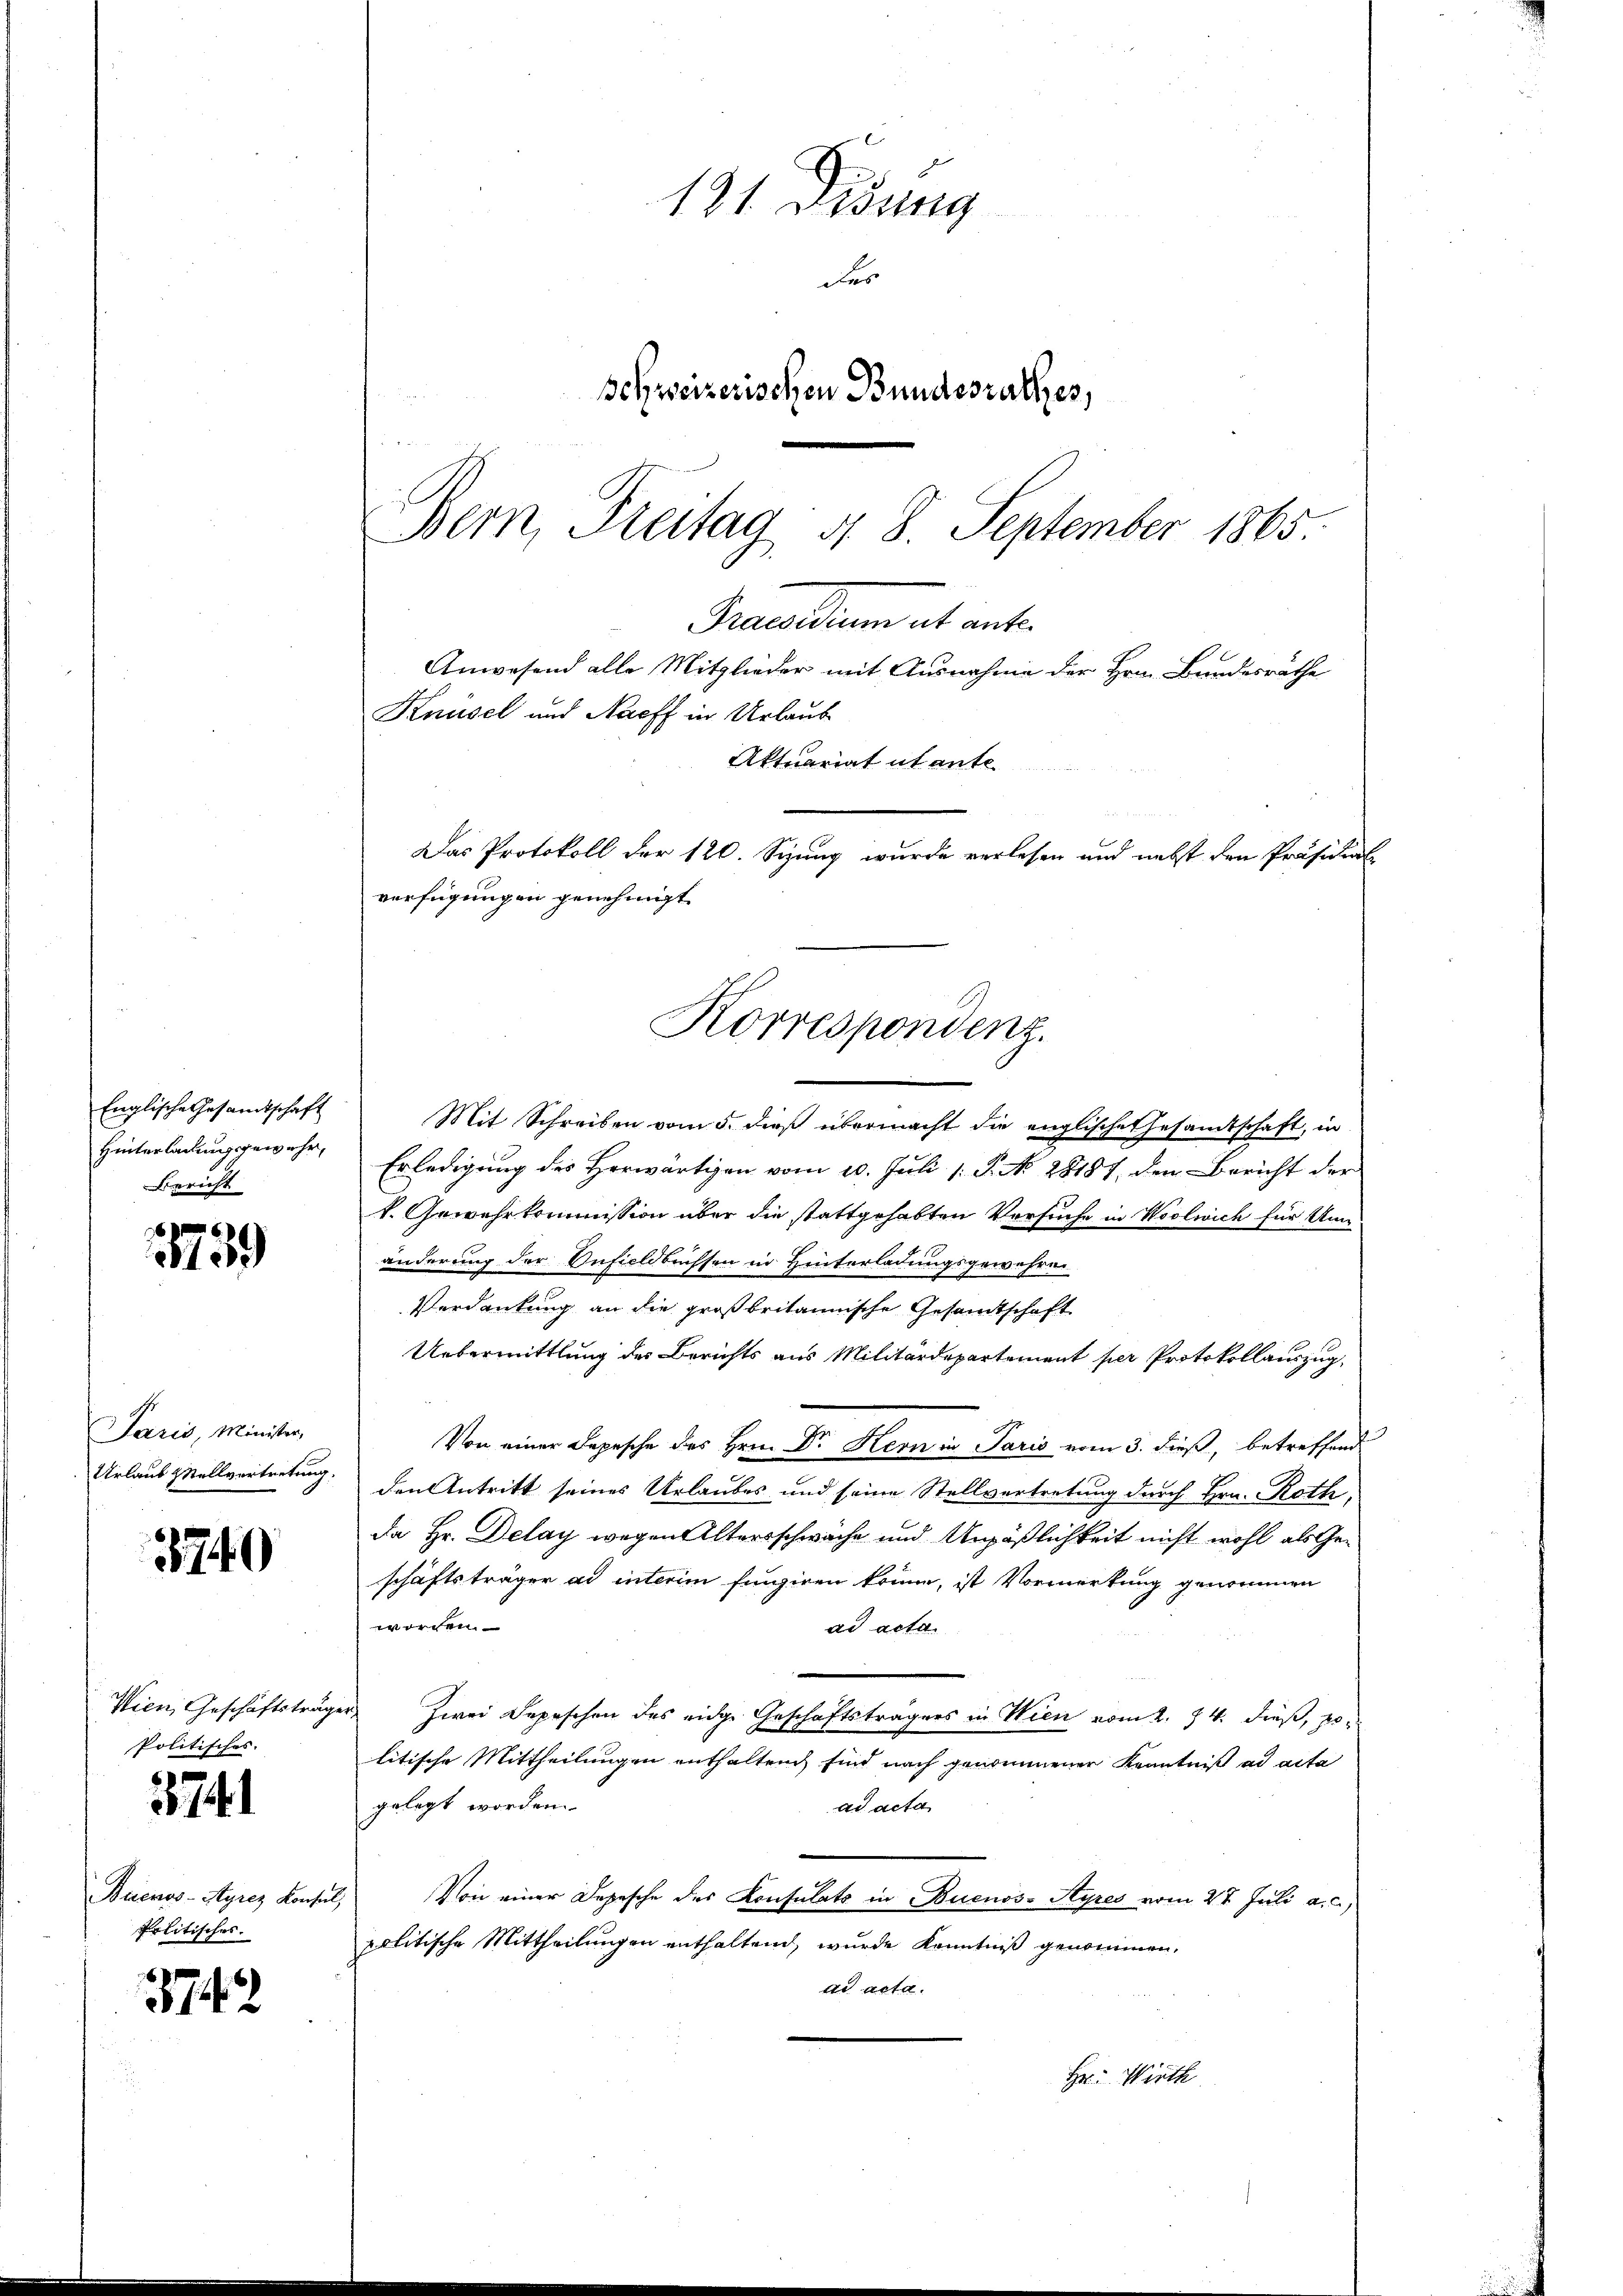
Englische Gesandtschaft
Hinterladung gewehr,
Bericht

6
139

Paris, Minister,
Urlaub stellvertretung.

3749)

Politisches.

374

Buenos-Ayres Konsin
Politisches.

1874

131 Didung
des
Behweizerischen Bundesrathes,
Bern, Freitag d. 8. September 1865.

Precarium et ant¬
Knüsel und Nacff in Urlaub
Aktuariat utante
n
Das Protokoll der 120. Syung wurde verlesen und nebst den Präsidial
verfügungen genehmigt.
Korrespondenz.

Mit Schreiben vom 5. dieß übermacht die englische Gesamtschaft, in
Erledigung des Herwärtigen vom 10. Juli 1. P. N. 28187, den Bericht der
k. Gewehrkommission über die stattgehabten Versuche in Woolwich für Unänderung der Infieldbuchsen in Hinterladungsgewehre
Verdankung an die großbritannische Gesandtschaft
Uebermittlung des Berichts aus Militärdepartement per Protokollauszug,
Von einer Depesche des Hrn. Dr. Hern in Paris vom 3. dieß, betreffend
den Antritt seines Urlaubes und seine Stellvertretung durch Hrn. Roth,
da Hr. Delay wegen Altersschwäche und Unpäßlichkeit nicht wohl als Geschäftsträger ad interim fungiren könne, ist Vormerkung genommen
worden.
ad acta.
Wien, Geschäftsträger Zwei Depeschen des eidge Geschäftsträgers in Wien vom 2. 14. dieß, politische Mittheilungen enthaltrich sind nach genommener Kenntniß ad acta
gelegt worden.
ad acta
Von einer Depesche des Konsulats in Buenos-Ayres vom 27. Juli a. c.)
2
politische Mittheilungen enthaltend, wurde Kenntniß genommen,
ad acta.
Hr. Wirth

Anwesend alle Mitglieder mit Ausnahme der Hrn. Bundesräthe